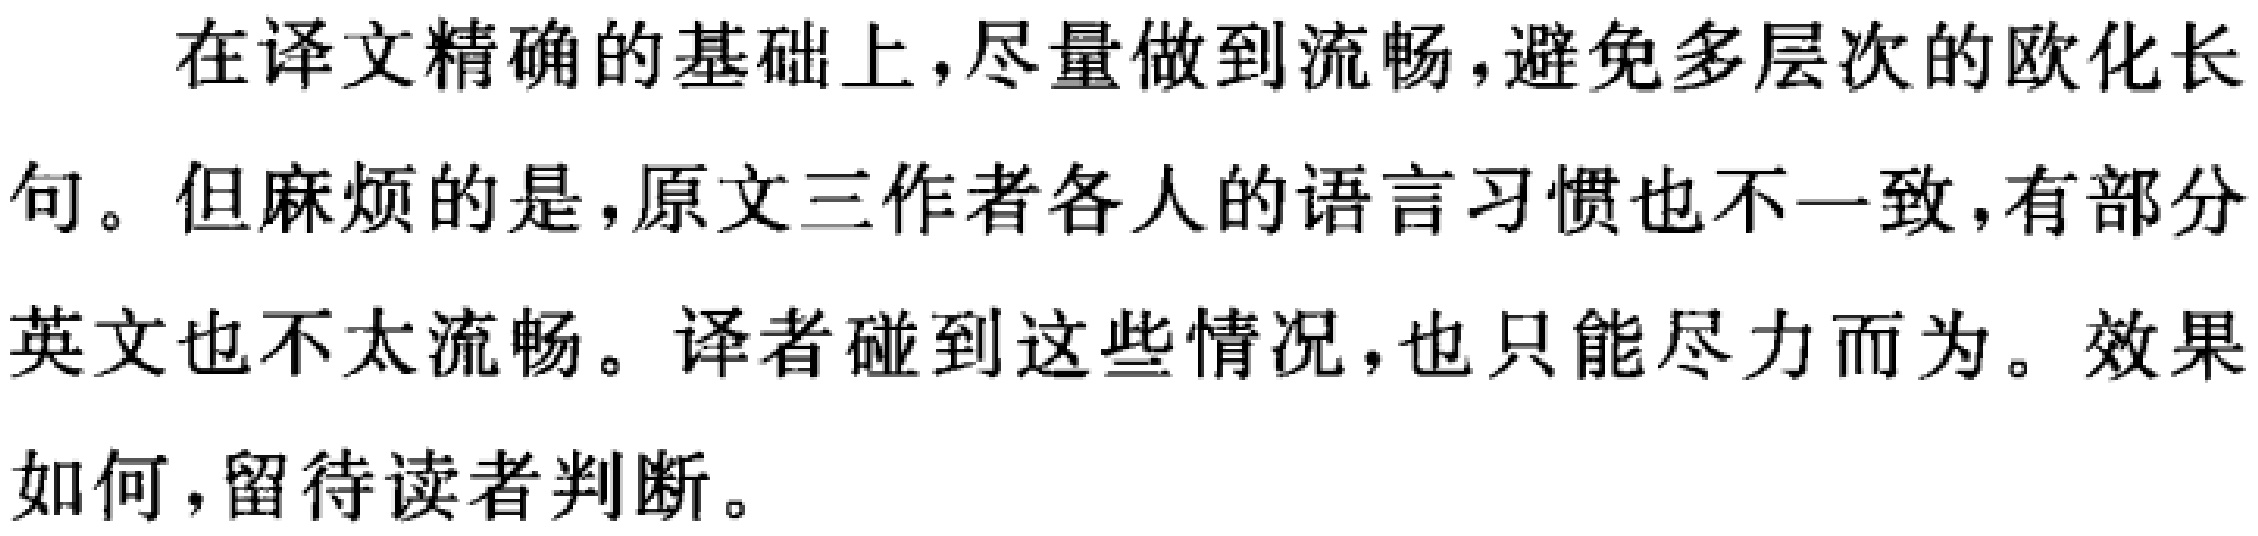
在译文精确的基础上，尽量做到流畅，避免多层次的欧化长句。但麻烦的是，原文三作者各人的语言习惯也不一致，有部分英文也不太流畅。译者碰到这些情况，也只能尽力而为。效果如何，留待读者判断。